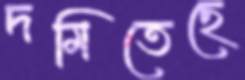
দমিতেছে